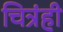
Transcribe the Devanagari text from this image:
चित्रंही